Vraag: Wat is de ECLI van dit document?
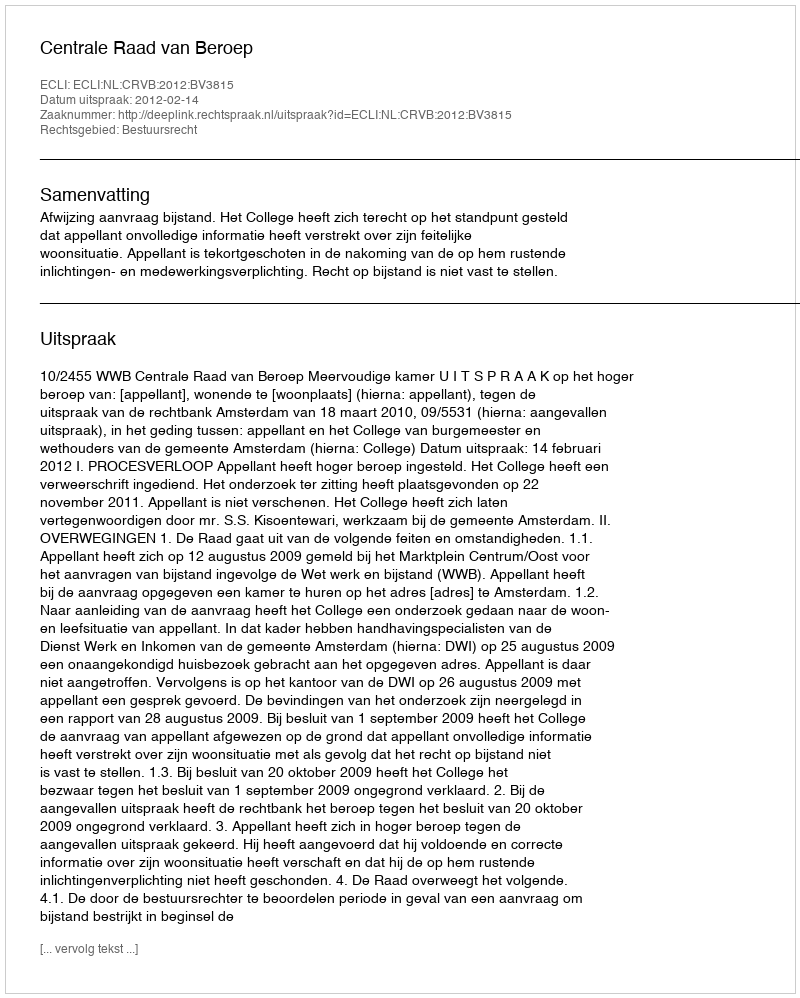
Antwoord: ECLI:NL:CRVB:2012:BV3815